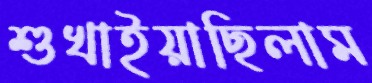
শুখাইয়াছিলাম